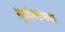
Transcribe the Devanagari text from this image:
सूर्यानंदांच्या